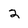
Character: 2